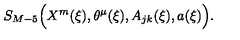
S _ { M - 5 } \Bigl ( X ^ { m } ( \xi ) , \theta ^ { \mu } ( \xi ) , A _ { j k } ( \xi ) , a ( \xi ) \Bigr ) .